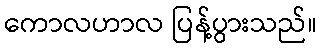
ကောလဟာလ ပြန့်ပွားသည်။